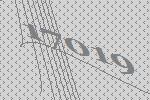
17019